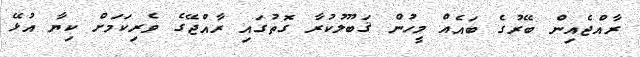
ރާއްޖެއިން ބޭރުގެ ބައެއް މީހުން ޤަބޫލުކުރާ ގޮތުގައި ރާއްޖޭގެ ވެރިކަމަށް ކިޔާ އުޅޭ